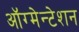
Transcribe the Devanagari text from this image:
ऑग्मेन्टेशन